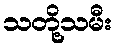
သတို့သမီး